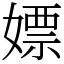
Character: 嫖